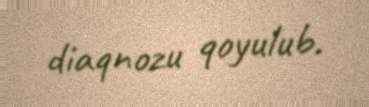
diaqnozu qoyulub.